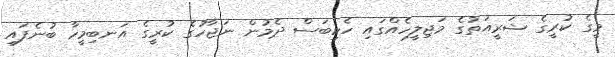
މީގެ ކުރީގެ ޝަރީއަތުގެ މަޖިލީހެއްގައި ހެކިބަސް ދެމުން ނަޖާހުގެ ކުރީގެ އަނބިމީހާ ބުނެފައި